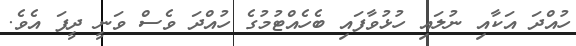
ހުއްދަ އަކާއި ނުލައި ހުޅުވާފައި ބެހެއްޓުމުގެ ހުއްދަ ވެސް ވަނީ ދީފަ އެވެ.